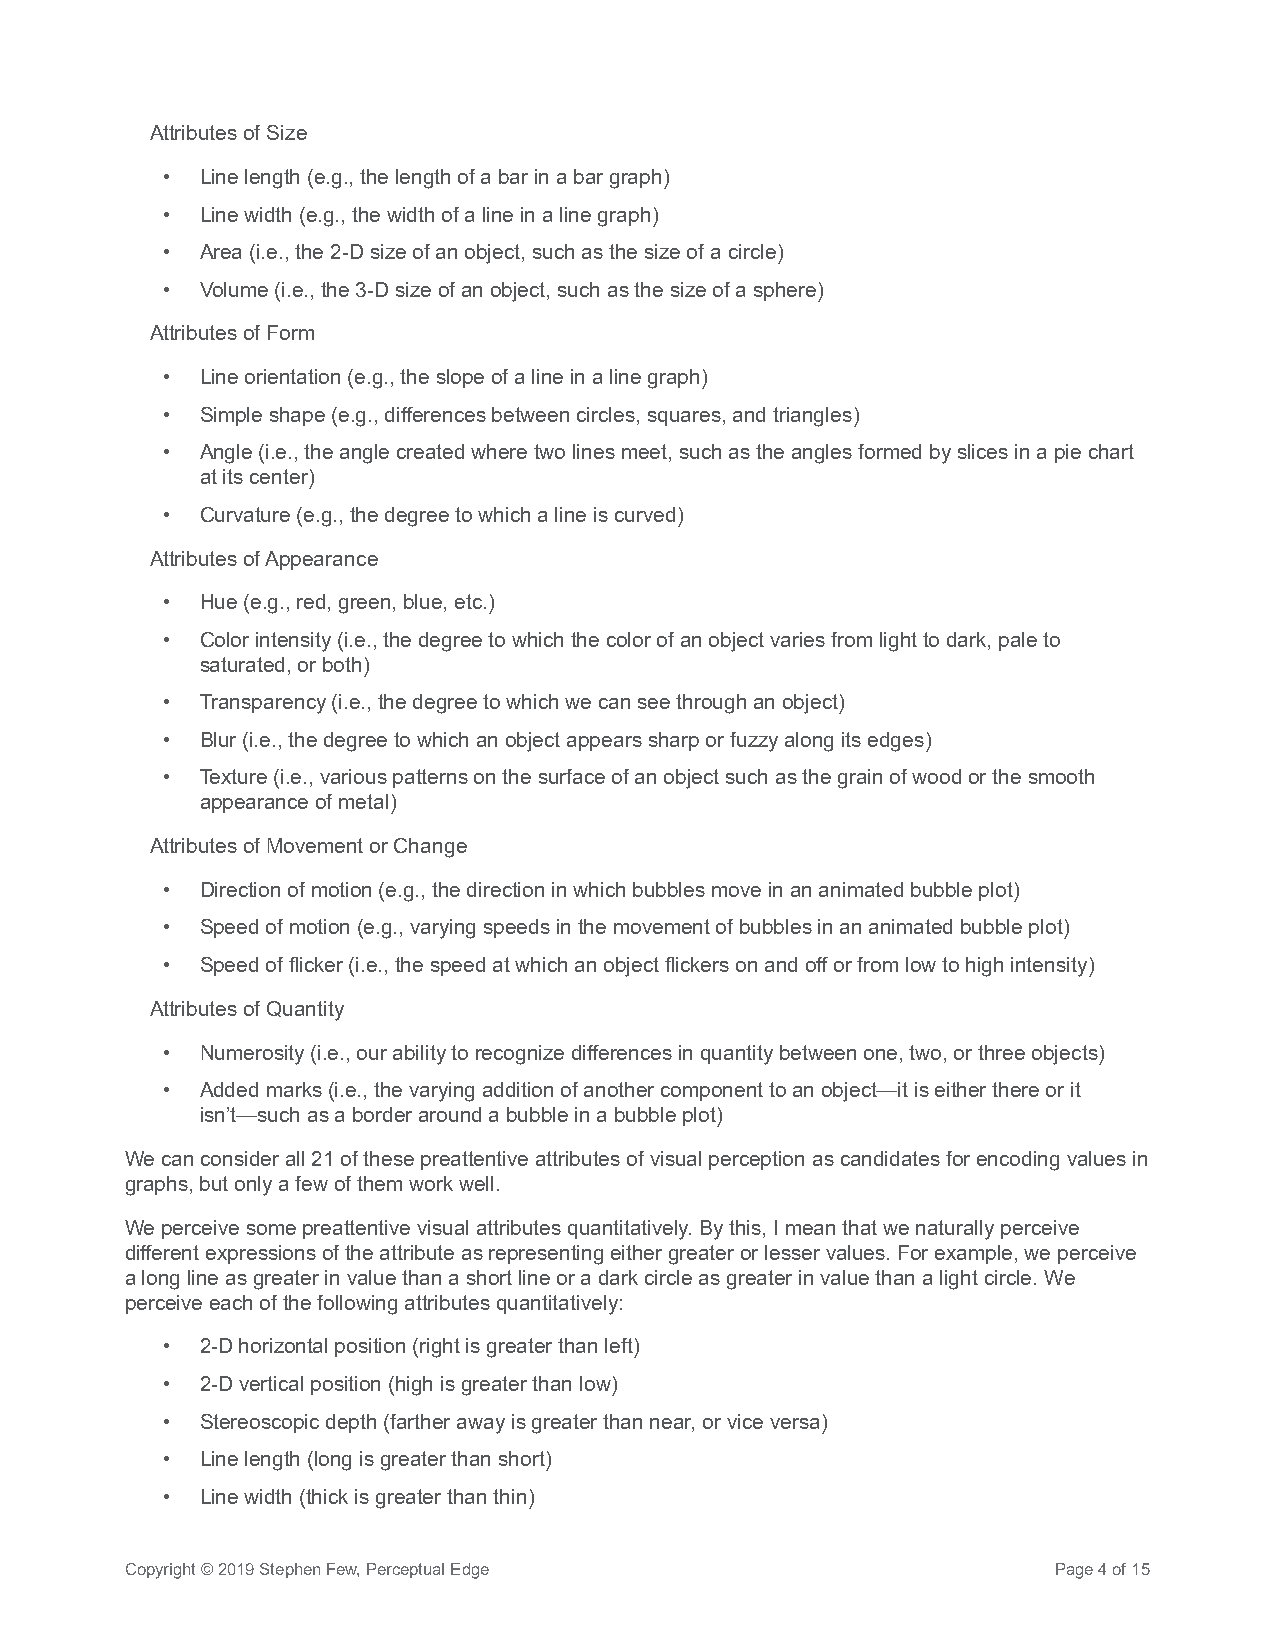
Attributes of Size
 • Line length (e.g., the length of a bar in a bar graph)
 • Line width (e.g., the width of a line in a line graph)
 • Area (i.e., the 2-D size of an object, such as the size of a circle)
 • Volume (i.e., the 3-D size of an object, such as the size of a sphere)
 Attributes of Form
 • Line orientation (e.g., the slope of a line in a line graph)
 • Simple shape (e.g., differences between circles, squares, and triangles)
 • Angle (i.e., the angle created where two lines meet, such as the angles formed by slices in a pie chart
 at its center)
 • Curvature (e.g., the degree to which a line is curved)
 Attributes of Appearance
 • Hue (e.g., red, green, blue, etc.)
 • Color intensity (i.e., the degree to which the color of an object varies from light to dark, pale to
 saturated, or both)
 • Transparency (i.e., the degree to which we can see through an object)
 • Blur (i.e., the degree to which an object appears sharp or fuzzy along its edges)
 • Texture (i.e., various patterns on the surface of an object such as the grain of wood or the smooth
 appearance of metal)
 Attributes of Movement or Change
 • Direction of motion (e.g., the direction in which bubbles move in an animated bubble plot)
 • Speed of motion (e.g., varying speeds in the movement of bubbles in an animated bubble plot)
 • Speed of flicker (i.e., the speed at which an object flickers on and off or from low to high intensity)
 Attributes of Quantity
 • Numerosity (i.e., our ability to recognize differences in quantity between one, two, or three objects)
 • Added marks (i.e., the varying addition of another component to an object—it is either there or it
 isn’t—such as a border around a bubble in a bubble plot)
 We can consider all 21 of these preattentive attributes of visual perception as candidates for encoding values in
 graphs, but only a few of them work well.
 We perceive some preattentive visual attributes quantitatively. By this, I mean that we naturally perceive
 different expressions of the attribute as representing either greater or lesser values. For example, we perceive
 a long line as greater in value than a short line or a dark circle as greater in value than a light circle. We
 perceive each of the following attributes quantitatively:
 • 2-D horizontal position (right is greater than left)
 • 2-D vertical position (high is greater than low)
 • Stereoscopic depth (farther away is greater than near, or vice versa)
 • Line length (long is greater than short)
 • Line width (thick is greater than thin)
 Copyright © 2019 Stephen Few, Perceptual Edge                 Page 4 of 15